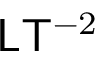
{ \mathsf { L } } { \mathsf { T } } ^ { - 2 }